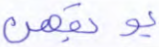
يوبقهن